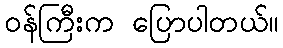
ဝန်ကြီးက ပြောပါတယ်။